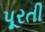
પૂરતી